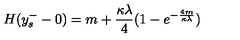
H ( y _ { s } ^ { - } - 0 ) = m + \frac { \kappa \lambda } { 4 } ( 1 - e ^ { - \frac { 4 m } { \kappa \lambda } } )